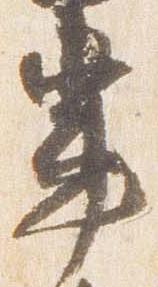
輩